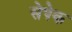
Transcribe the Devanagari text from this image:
सेपेक